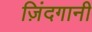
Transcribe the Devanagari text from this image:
ज़िंदगानी